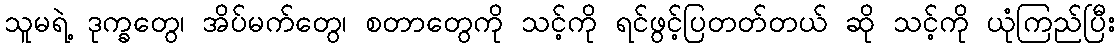
သူမရဲ့ ဒုက္ခတွေ၊ အိပ်မက်တွေ၊ စတာတွေကို သင့်ကို ရင်ဖွင့်ပြတတ်တယ် ဆို သင့်ကို ယုံကြည်ပြီး